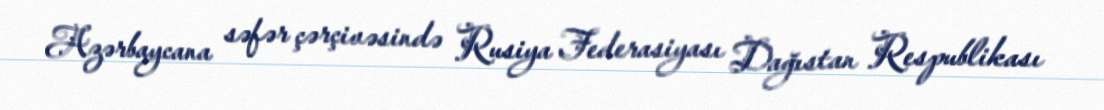
Azərbaycana səfər çərçivəsində Rusiya Federasiyası Dağıstan Respublikası